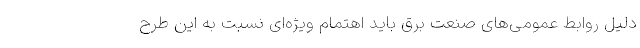
دلیل روابط عمومی‌های صنعت برق باید اهتمام ویژه‌ای نسبت به این طرح